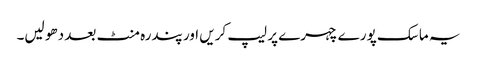
یہ ماسک پورے چہرے پر لیپ کریں اور پندرہ منٹ بعد دھو لیں۔